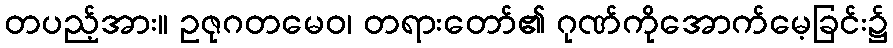
တပည့်အား။ ဥဇုဂတမေဝ၊ တရားတော်၏ ဂုဏ်ကိုအောက်မေ့ခြင်း၌